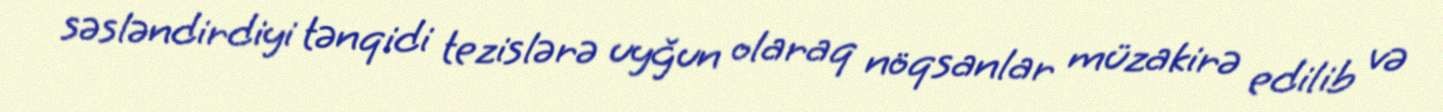
səsləndirdiyi tənqidi tezislərə uyğun olaraq nöqsanlar müzakirə edilib və